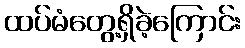
ထပ်မံတွေ့ရှိခဲ့ကြောင်း